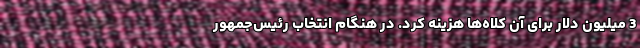
3 میلیون دلار برای آن کلاه‌ها هزینه کرد. در هنگام انتخاب رئیس‌جمهور